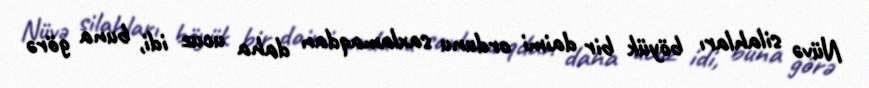
Nüvə silahları böyük bir daimi ordunu saxlamaqdan daha ucuz idi, buna görə